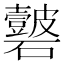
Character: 𥗣